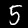
Label: 5